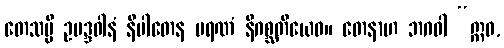
တေသမ္ပိ ဥပဒ္ဒဝါနံ နိပါတေန မရဏံ နိဂစ္ဆတိယေဝ။ တေနာဟ ဘဂဝါ “ဣဓ,